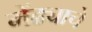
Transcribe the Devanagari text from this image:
मेंढ्याचे